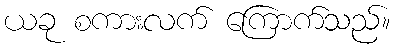
ယခု စကားလက် ကြောက်သည်။